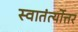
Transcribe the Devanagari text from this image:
स्वातंर्त्योत्तर